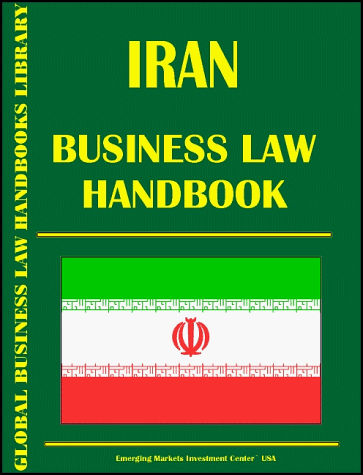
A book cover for Gambia Business Law Handbook; Ibp Usa; Travel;